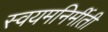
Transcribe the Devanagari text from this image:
स्वयमनिर्मीती